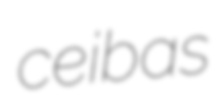
ceibas